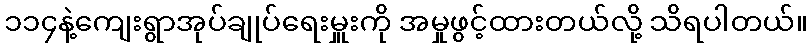
၁၁၄နဲ့ကျေးရွာအုပ်ချုပ်ရေးမှူးကို အမှုဖွင့်ထားတယ်လို့ သိရပါတယ်။